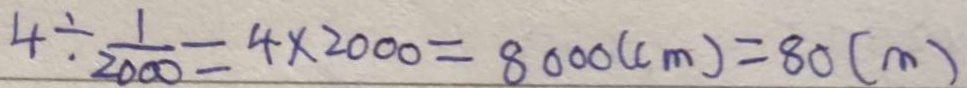
4 \div \frac { 1 } { 2 0 0 0 } = 4 \times 2 0 0 0 = 8 0 0 0 ( c m ) = 8 0 ( m )